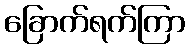
ခြောက်ရက်ကြာ